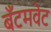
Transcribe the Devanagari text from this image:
बँटमवेट